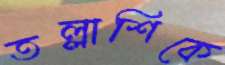
তল্লাশিকে